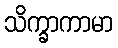
သိက္ခာကာမာ